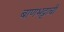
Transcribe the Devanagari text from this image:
बाणभट्टाची